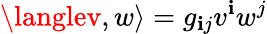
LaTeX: \langlev,w\rangle=g_{\mathbf{i}j}v^{\mathbf{i}}w^{j}